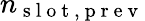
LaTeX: n_{\mathrm{~s~l~o~t~,~p~r~e~v~}}